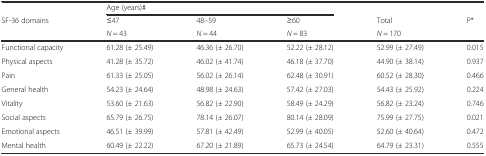
|  | <COLSPAN=3> Age (years)# |  |  |
 | SF-36 domains | ≤47 | 48–59 | ≥60 | Total | P* |
 |  | N = 43 | N = 44 | N = 83 | N = 170 |  |
 | --- | --- | --- | --- | --- | --- |
 | Functional capacity | 61.28 (± 25.49) | 46.36 (± 26.70) | 52.22 (± 28.12) | 52.99 (± 27.49) | 0.015 |
 | Physical aspects | 41.28 (± 35.72) | 46.02 (± 41.74) | 46.18 (± 37.70) | 44.90 (± 38.14) | 0.937 |
 | Pain | 61.33 (± 25.05) | 56.02 (± 26.14) | 62.48 (± 30.91) | 60.52 (± 28.30) | 0.466 |
 | General health | 54.23 (± 24.64) | 48.98 (± 24.63) | 57.42 (± 27.03) | 54.43 (± 25.92) | 0.224 |
 | Vitality | 53.60 (± 21.63) | 56.82 (± 22.90) | 58.49 (± 24.29) | 56.82 (± 23.24) | 0.746 |
 | Social aspects | 65.79 (± 26.75) | 78.14 (± 26.07) | 80.14 (± 28.09) | 75.99 (± 27.75) | 0.021 |
 | Emotional aspects | 46.51 (± 39.99) | 57.81 (± 42.49) | 52.99 (± 40.05) | 52.60 (± 40.64) | 0.472 |
 | Mental health | 60.49 (± 22.22) | 67.20 (± 21.89) | 65.73 (± 24.54) | 64.79 (± 23.31) | 0.555 |